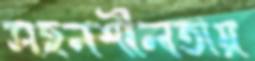
সহনশীলতায়